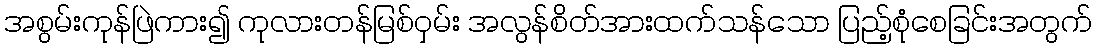
အစွမ်းကုန်ဖြဲကား၍ ကုလားတန်မြစ်ဝှမ်း အလွန်စိတ်အားထက်သန်သော ပြည့်စုံစေခြင်းအတွက်